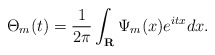
\begin{align*} \Theta_m(t)=\frac{1}{2\pi}\int_{\mathbf{R}}\Psi_m(x)e^{itx}dx.\end{align*}